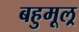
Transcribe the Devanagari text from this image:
बहुमूल्र